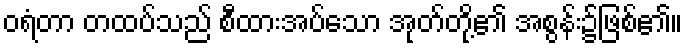
ဝရံတာ တထပ်သည် စီထားအပ်သော အုတ်တို့၏ အစွန်း၌ဖြစ်၏။